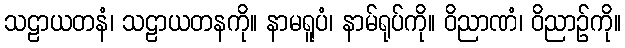
သဠာယတနံ၊ သဠာယတနကို။ နာမရူပံ၊ နာမ်ရုပ်ကို။ ဝိညာဏံ၊ ဝိညာဉ်ကို။